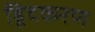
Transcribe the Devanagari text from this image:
हिूंदकरण